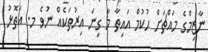
ނާޒިމްގެ މައްޗަށް ހުކުމް އައިތާ މާ ގިނަ އިރުތަކެއް ނުވެ މ. އަތޮޅު